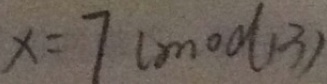
x = 7 ( m o d 1 3 )